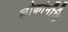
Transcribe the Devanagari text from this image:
लोकांनींहि